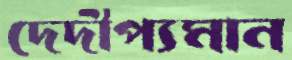
দেদীপ্যমান